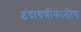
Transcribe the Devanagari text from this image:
इंद्रायणीकाठीच